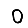
Digit: 0